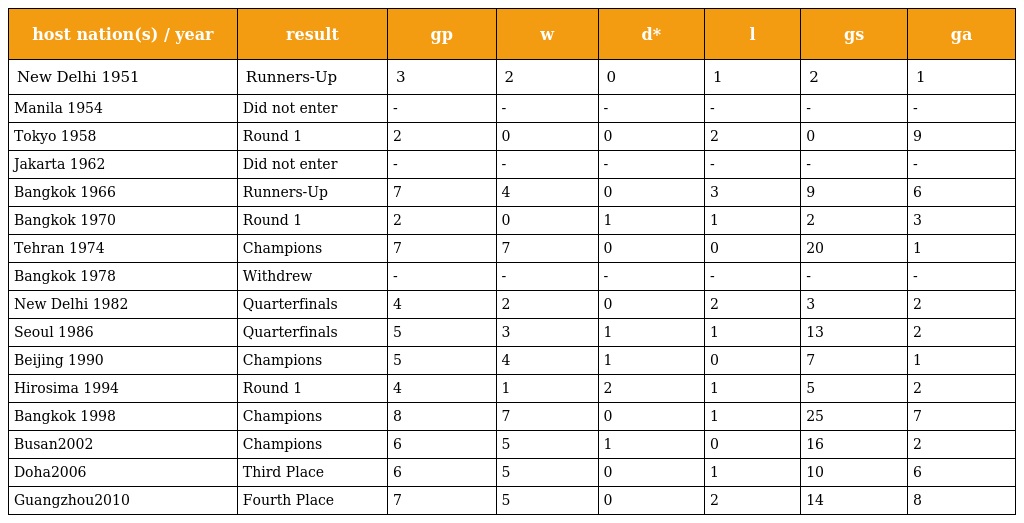
| host nation(s) / year | result | gp | w | d* | l | gs | ga |
 | --- | --- | --- | --- | --- | --- | --- | --- |
 | New Delhi 1951 | Runners-Up | 3 | 2 | 0 | 1 | 2 | 1 |
 | Manila 1954 | Did not enter | - | - | - | - | - | - |
 | Tokyo 1958 | Round 1 | 2 | 0 | 0 | 2 | 0 | 9 |
 | Jakarta 1962 | Did not enter | - | - | - | - | - | - |
 | Bangkok 1966 | Runners-Up | 7 | 4 | 0 | 3 | 9 | 6 |
 | Bangkok 1970 | Round 1 | 2 | 0 | 1 | 1 | 2 | 3 |
 | Tehran 1974 | Champions | 7 | 7 | 0 | 0 | 20 | 1 |
 | Bangkok 1978 | Withdrew | - | - | - | - | - | - |
 | New Delhi 1982 | Quarterfinals | 4 | 2 | 0 | 2 | 3 | 2 |
 | Seoul 1986 | Quarterfinals | 5 | 3 | 1 | 1 | 13 | 2 |
 | Beijing 1990 | Champions | 5 | 4 | 1 | 0 | 7 | 1 |
 | Hirosima 1994 | Round 1 | 4 | 1 | 2 | 1 | 5 | 2 |
 | Bangkok 1998 | Champions | 8 | 7 | 0 | 1 | 25 | 7 |
 | Busan2002 | Champions | 6 | 5 | 1 | 0 | 16 | 2 |
 | Doha2006 | Third Place | 6 | 5 | 0 | 1 | 10 | 6 |
 | Guangzhou2010 | Fourth Place | 7 | 5 | 0 | 2 | 14 | 8 |